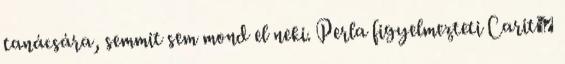
tanácsára, semmit sem mond el neki. Perla figyelmezteti Carit�